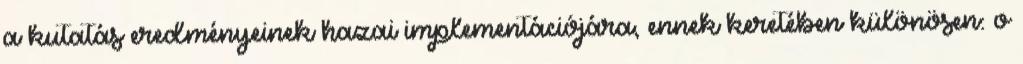
a kutatás eredményeinek hazai implementációjára, ennek keretében különösen: o